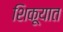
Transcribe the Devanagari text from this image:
शिकूयात